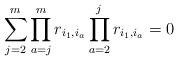
LaTeX: \begin{gather*} \sum_{j=2}^{m} \prod_{a=j}^{m} r_{i_{1},i_{a}} \prod_{a=2}^{j}r_{i_{1},i_{a}} = 0\end{gather*}